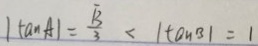
\vert \tan A \vert = \frac { \sqrt { 3 } } { 3 } < \vert \tan B \vert = 1